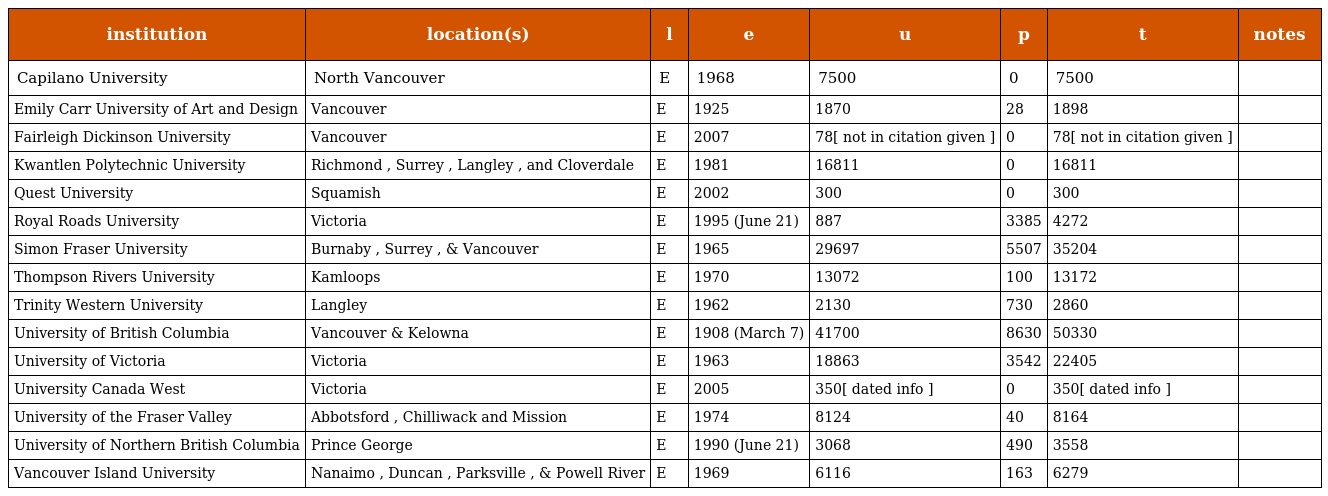
| institution | location(s) | l | e | u | p | t | notes |
 | --- | --- | --- | --- | --- | --- | --- | --- |
 | Capilano University | North Vancouver | E | 1968 | 7500 | 0 | 7500 |  |
 | Emily Carr University of Art and Design | Vancouver | E | 1925 | 1870 | 28 | 1898 |  |
 | Fairleigh Dickinson University | Vancouver | E | 2007 | 78[ not in citation given ] | 0 | 78[ not in citation given ] |  |
 | Kwantlen Polytechnic University | Richmond , Surrey , Langley , and Cloverdale | E | 1981 | 16811 | 0 | 16811 |  |
 | Quest University | Squamish | E | 2002 | 300 | 0 | 300 |  |
 | Royal Roads University | Victoria | E | 1995 (June 21) | 887 | 3385 | 4272 |  |
 | Simon Fraser University | Burnaby , Surrey , & Vancouver | E | 1965 | 29697 | 5507 | 35204 |  |
 | Thompson Rivers University | Kamloops | E | 1970 | 13072 | 100 | 13172 |  |
 | Trinity Western University | Langley | E | 1962 | 2130 | 730 | 2860 |  |
 | University of British Columbia | Vancouver & Kelowna | E | 1908 (March 7) | 41700 | 8630 | 50330 |  |
 | University of Victoria | Victoria | E | 1963 | 18863 | 3542 | 22405 |  |
 | University Canada West | Victoria | E | 2005 | 350[ dated info ] | 0 | 350[ dated info ] |  |
 | University of the Fraser Valley | Abbotsford , Chilliwack and Mission | E | 1974 | 8124 | 40 | 8164 |  |
 | University of Northern British Columbia | Prince George | E | 1990 (June 21) | 3068 | 490 | 3558 |  |
 | Vancouver Island University | Nanaimo , Duncan , Parksville , & Powell River | E | 1969 | 6116 | 163 | 6279 |  |